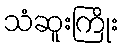
သံဆူးကြိုး